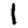
Digit: 1